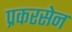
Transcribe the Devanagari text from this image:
प्रकरसेन